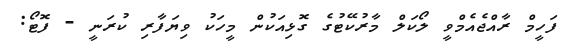
ފަހީމް ރާއްޖެއެމްވީ ލޯކަލް މާރުކޭޓުގެ ގޮޅިއަކުން މީހަކު ވިޔަފާރި ކުރަނީ - ފޮޓޯ: